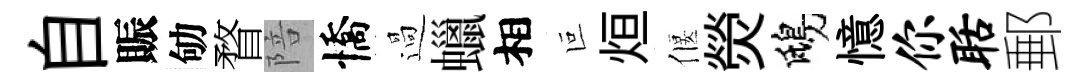
自賑劬瞀陪憍過蠟相叵烜偃熒鴟憶你聒郵